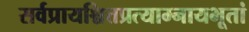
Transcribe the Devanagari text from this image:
सर्वप्रायश्चित्तप्रत्याम्नायभूतां